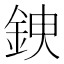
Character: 𨦢